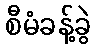
စီမံခန့်ခွဲ